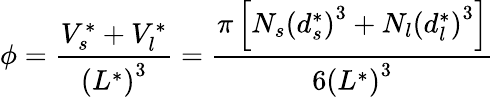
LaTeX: \phi=\frac{V_{s}^{*}+V_{l}^{*}}{\left(L^{*}\right)^{3}}=\frac{\pi\left[N_{s}\left(d_{s}^{*}\right)^{3}+N_{l}\left(d_{l}^{*}\right)^{3}\right]}{6\left(L^{*}\right)^{3}}